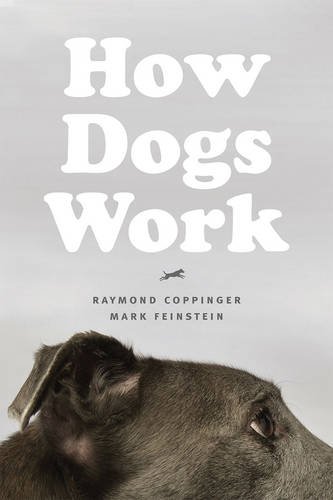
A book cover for How Dogs Work; Raymond Coppinger; Crafts, Hobbies & Home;